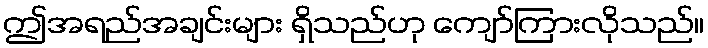
ဤအရည်အချင်းများ ရှိသည်ဟု ကျော်ကြားလိုသည်။